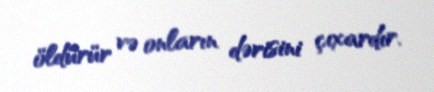
öldürür və onların dərisini çıxardır.